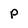
Character: P